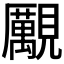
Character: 𧢝